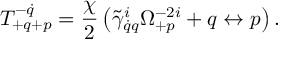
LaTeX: T _ { + q + p } ^ { - \dot { q } } = \frac { \chi } { 2 } \left( \tilde { \gamma } _ { \dot { q } q } ^ { i } \Omega _ { + p } ^ { - 2 i } + q \leftrightarrow p \right) .